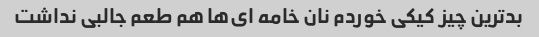
بدترین چیز کیکی خوردم نان خامه ای‌ها هم طعم جالبی نداشت